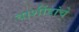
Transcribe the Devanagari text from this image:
वाशींडांचे